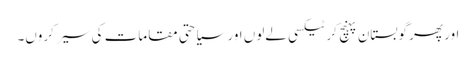
اور پھر گوبستان پہنچ کر ٹیکسی لےلوں اور سیاحتی مقامات کی سیر کروں۔